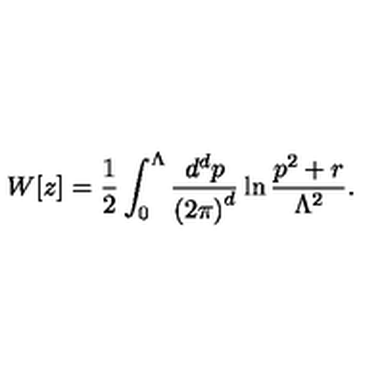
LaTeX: W [ z ] = { \frac { 1 } { 2 } } \int _ { 0 } ^ { \Lambda } { \frac { d ^ { d } p } { { ( 2 \pi ) } ^ { d } } } \ln { \frac { p ^ { 2 } + r } { \Lambda ^ { 2 } } } .